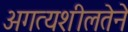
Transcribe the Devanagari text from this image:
अगत्यशीलतेने